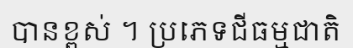
បានខ្ពស់ ។ ប្រភេទជីធម្មជាតិ